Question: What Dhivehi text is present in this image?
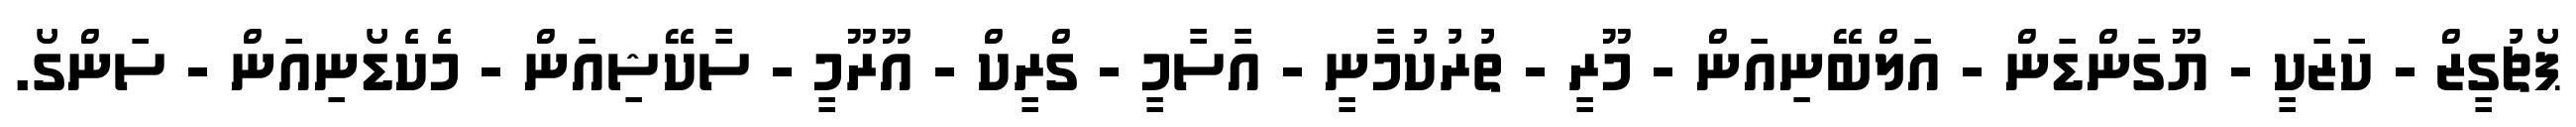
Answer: ޕޯޗުގީޒް - ކަޒަކީ - ޔޫގަންޑަން - އަލްބޭނިއަން - މޫރީ - ތުރުކުމާނީ - އާސާމީ - ގްރީކް - އޫރޫމީ - ސާކޭޝިއަން - މެކެޑޯނިއަން - ސަންގޯ.